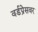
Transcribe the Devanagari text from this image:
वर्डप्रेसवर